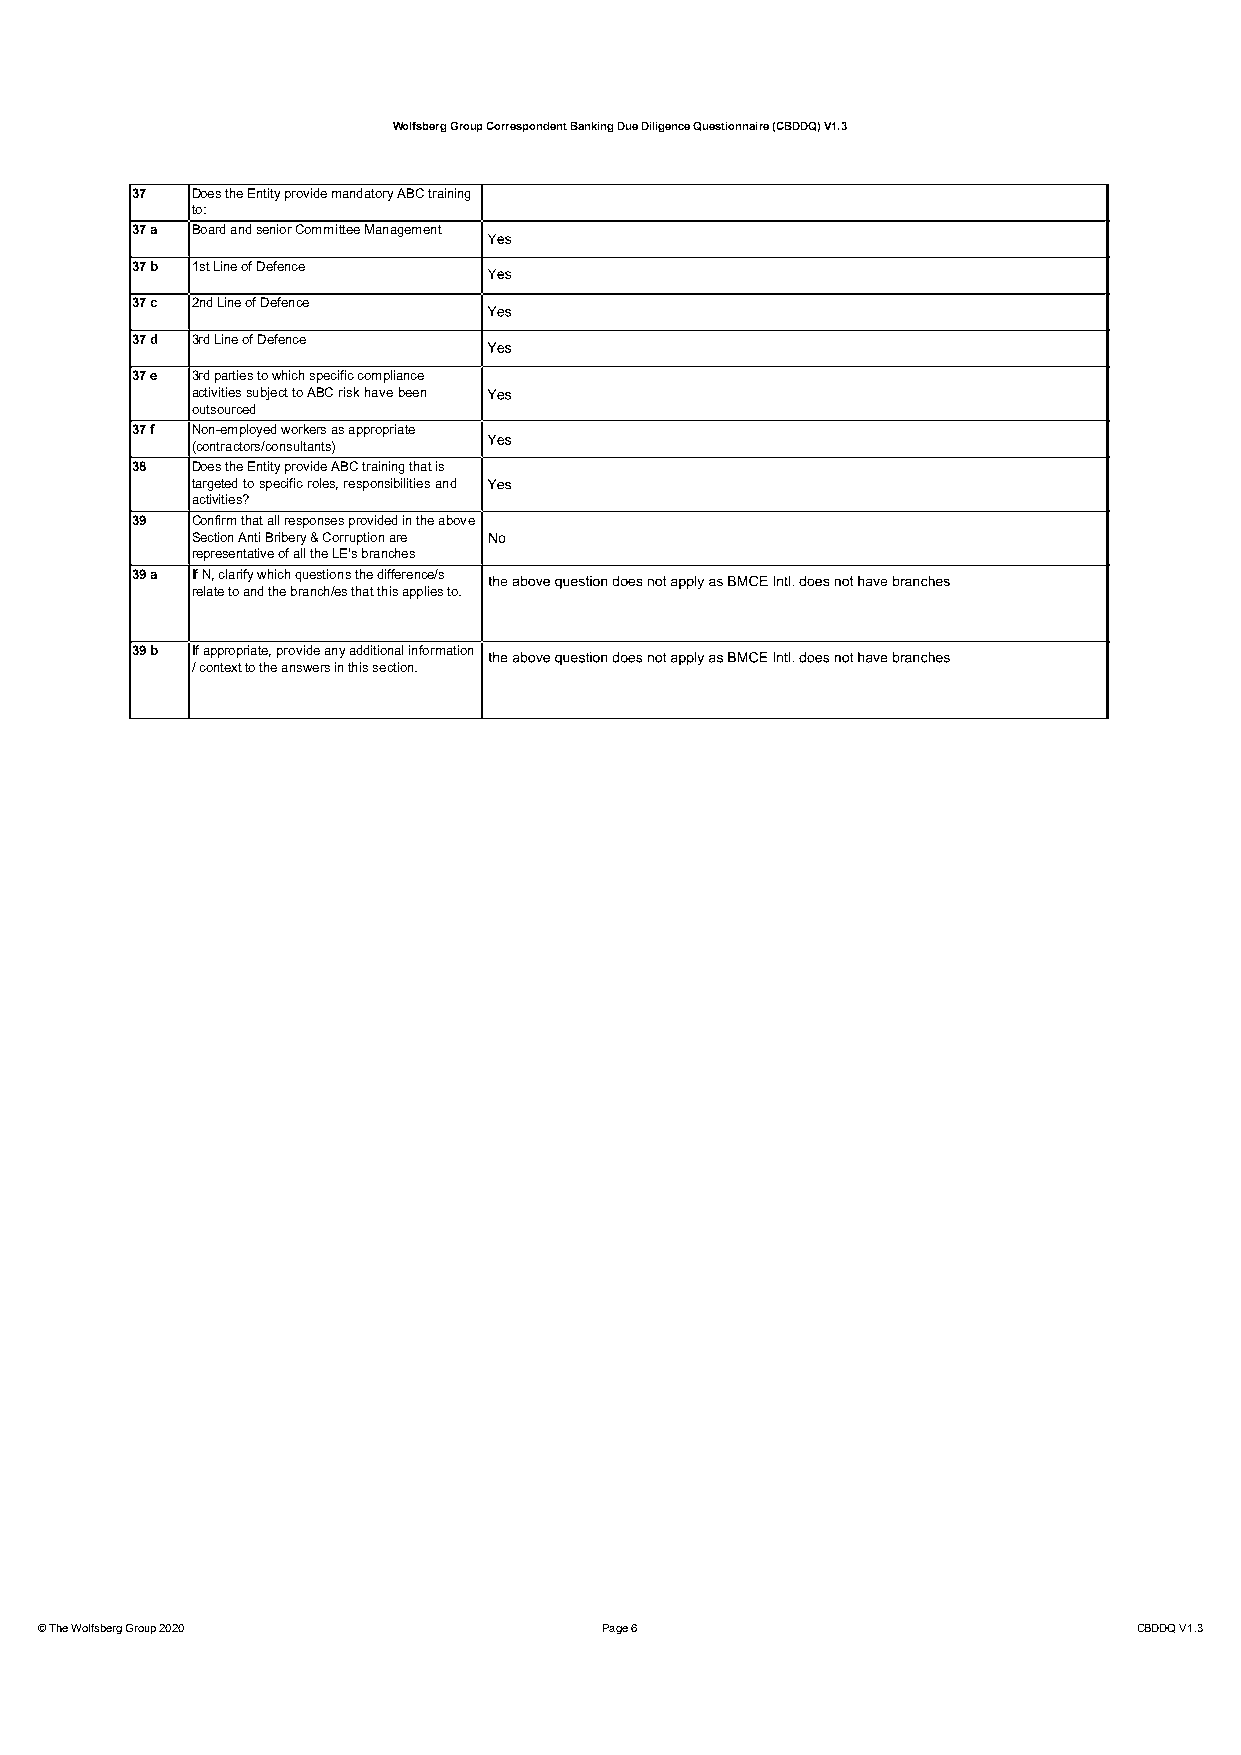
Wolfsberg Group Correspondent Banking Due Diligence Questionnaire (CBDDQ) V1.3
 37  Does the Entity provide mandatory ABC training
 to:
 37 a Board and senior Committee Management
 37 b 1st Line of Defence
 37 c 2nd Line of Defence
 37 d 3rd Line of Defence
 37 e 3rd parties to which specific compliance
 activitiessubjecttoABCriskhavebeen
 outsourced
 37 f Non-employed workers as appropriate
 (contractors/consultants)
 38  Does the Entity provide ABC training that is
 targetedtospecificroles,responsibilitiesand
 activities?
 39  Confirm that all responses provided in the above
 Section Anti Bribery & Corruption are
 representative of all the LE's branches
 39 a If N, clarify which questions the difference/s
 relate to and the branch/es that this applies to.
 39 b If appropriate, provide any additional information
 / context to the answers in this section.
 © The Wolfsberg Group 2020            Page 6                             CBDDQ V1.3